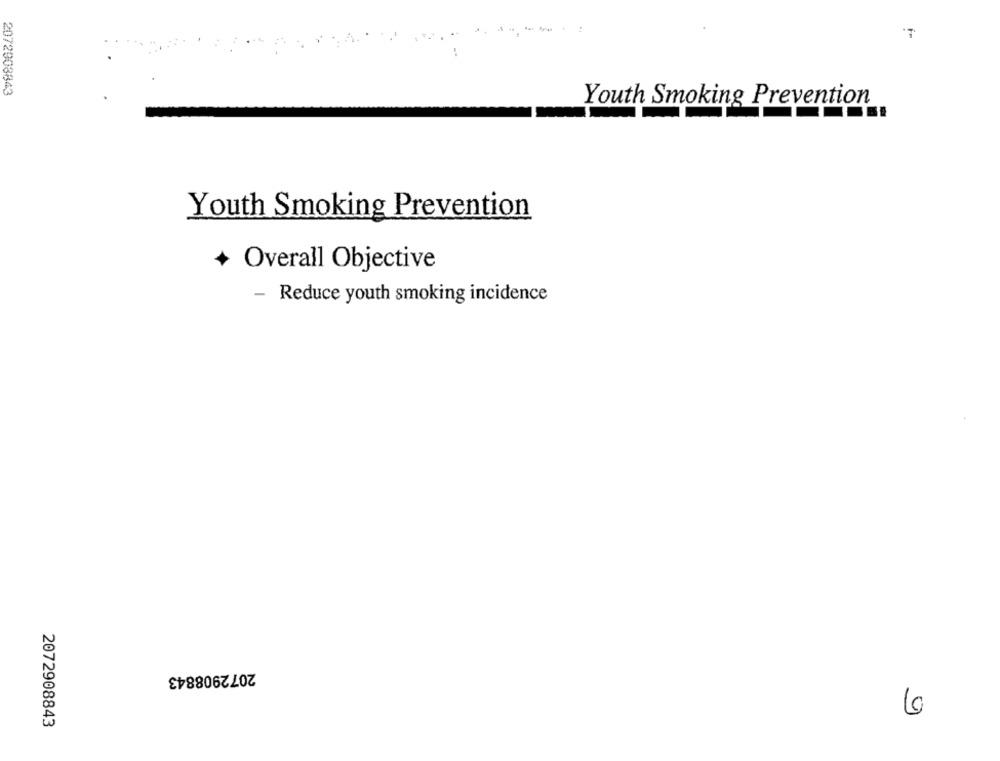
2072908843
Youth Smoking Prevention
Youth Smoking Prevention
+ Overall Objective
- Reduce youth smoking incidence
2072908843
6
2072908843